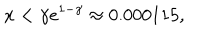
LaTeX: x < \gamma e ^ { 1 - \gamma } \approx 0 . 0 0 0 1 1 5 ,